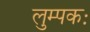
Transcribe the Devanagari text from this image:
लुम्पकः